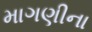
માગણીના